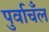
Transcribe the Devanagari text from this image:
पुर्वाचँल